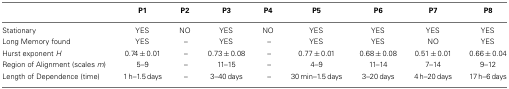
|  | P1 | P2 | P3 | P4 | P5 | P6 | P7 | P8 |
 | --- | --- | --- | --- | --- | --- | --- | --- | --- |
 | Stationary | YES | NO | YES | NO | YES | YES | YES | YES |
 | Long Memory found | YES | – | YES | – | YES | YES | NO | YES |
 | Hurst exponent H | 0.74 ± 0.01 | – | 0.73 ± 0.08 | – | 0.77 ± 0.01 | 0.68 ± 0.08 | 0.51 ± 0.01 | 0.66 ± 0.04 |
 | Region of Alignment (scales m) | 5–9 | – | 11–15 | – | 4–9 | 11–14 | 7–14 | 9–12 |
 | Length of Dependence (time) | 1 h–1.5 days | – | 3–40 days | – | 30 min–1.5 days | 3–20 days | 4 h–20 days | 17 h–6 days |